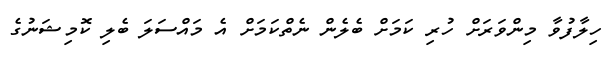
ހިލާފުވާ މިންވަރަށް ހުރި ކަމަށް ބެލެން ނެތްކަމަށް އެ މައްސަލަ ބެލި ކޮމިޝަނުގެ